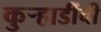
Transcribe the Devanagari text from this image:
कुऱ्हाडींची